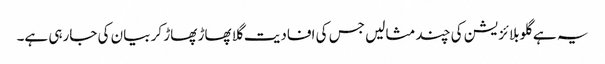
یہ ہے گلوبلائزیشن کی چند مثالیں جس کی افادیت گلا پھاڑ پھاڑ کر بیان کی جارہی ہے۔